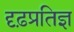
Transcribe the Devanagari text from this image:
दृढ़प्रतिज्ञ